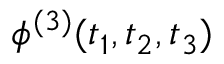
\phi ^ { ( 3 ) } ( t _ { 1 } , t _ { 2 } , t _ { 3 } )